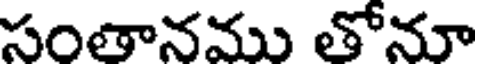
సంతానము తోనూ